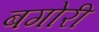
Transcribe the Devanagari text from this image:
बगोरी